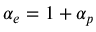
\alpha _ { e } = 1 + \alpha _ { p }